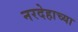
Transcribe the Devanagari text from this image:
नरदेहाच्या